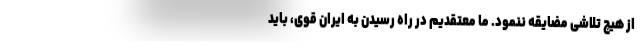
از هیچ تلاشی مضایقه ننمود. ما معتقدیم در راه رسیدن به ایران قوی، باید